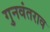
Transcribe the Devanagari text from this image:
गुनवंतराव